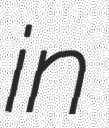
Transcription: in